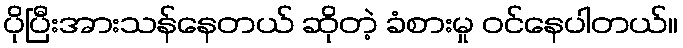
ပိုပြီးအားသန်နေတယ် ဆိုတဲ့ ခံစားမှု ဝင်နေပါတယ်။